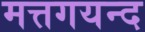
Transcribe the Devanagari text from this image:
मत्तगयन्द